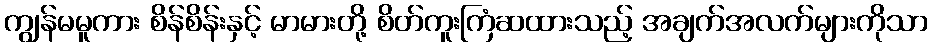
ကျွန်မမူကား စိန်စိန်းနှင့် မာမားတို့ စိတ်ကူးကြံဆထားသည့် အချက်အလက်များကိုသာ